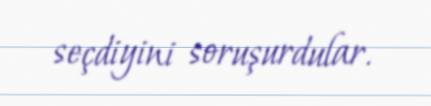
seçdiyini soruşurdular.